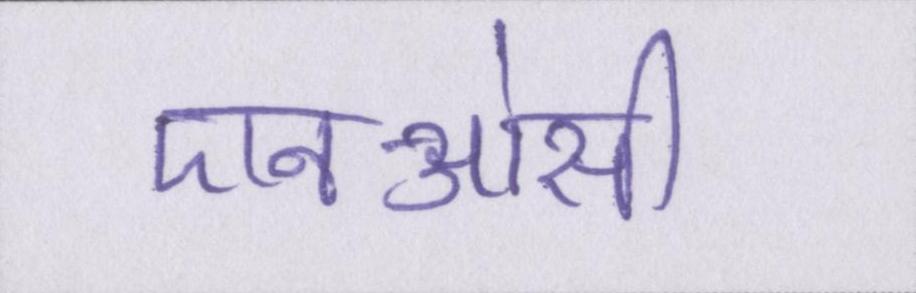
एनओसी